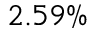
2 . 5 9 \%